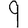
Digit: 9